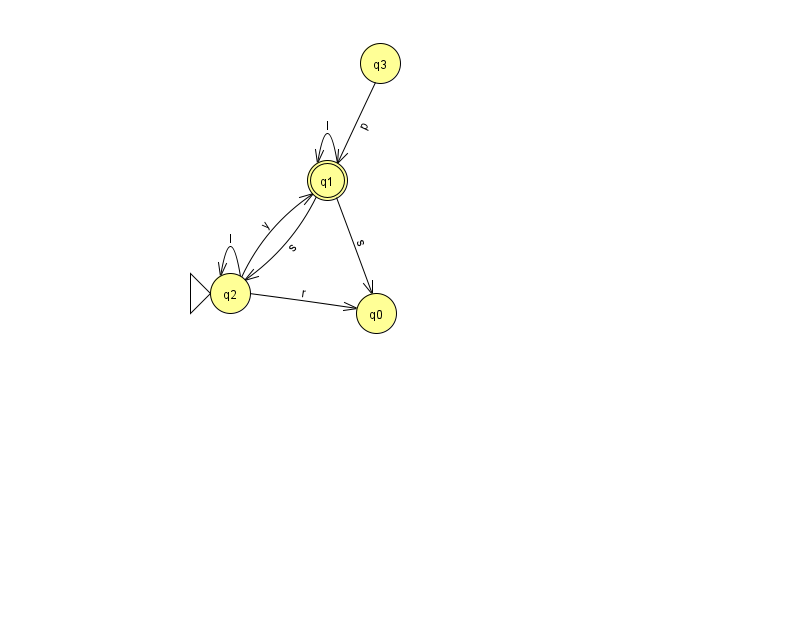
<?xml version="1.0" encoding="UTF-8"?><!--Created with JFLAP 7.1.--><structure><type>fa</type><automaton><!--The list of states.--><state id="0" name="q0"><x>376.0</x><y>300.0</y></state><state id="1" name="q1"><x>327.0</x><y>167.0</y><final/></state><state id="2" name="q2"><x>230.0</x><y>280.0</y><initial/></state><state id="3" name="q3"><x>380.0</x><y>50.0</y></state><!--The list of transitions.--><transition><from>2</from><to>0</to><read>r</read></transition><transition><from>3</from><to>1</to><read>p</read></transition><transition><from>2</from><to>1</to><read>y</read></transition><transition><from>2</from><to>2</to><read>I</read></transition><transition><from>1</from><to>1</to><read>l</read></transition><transition><from>1</from><to>2</to><read>s</read></transition><transition><from>1</from><to>0</to><read>s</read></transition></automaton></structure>